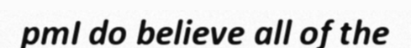
pmI do believe all of the